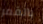
بالقمر